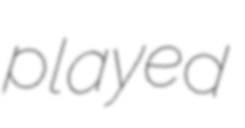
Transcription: played